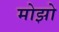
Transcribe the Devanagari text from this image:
मोझो